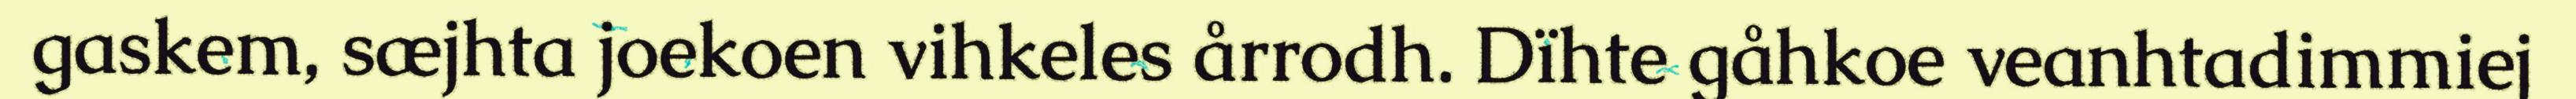
gaskem, sæjhta joekoen vihkeles årrodh. Dïhte gåhkoe veanhtadimmiej